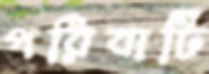
পরিবাটি